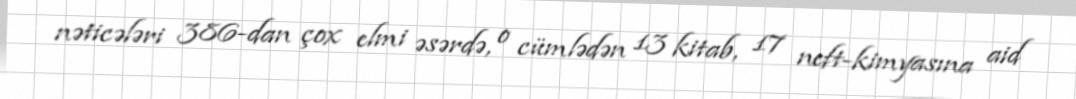
nəticələri 386-dan çox elmi əsərdə, o cümlədən 13 kitab, 17 neft-kimyasına aid